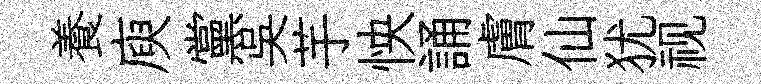
養庾黨吴芋怏誦膚仙犹视